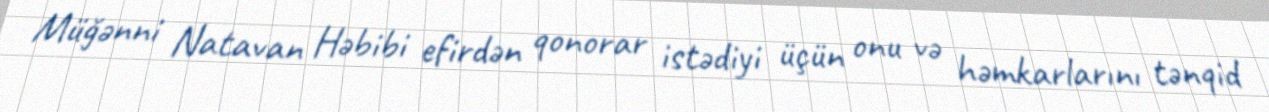
Müğənni Natavan Həbibi efirdən qonorar istədiyi üçün onu və həmkarlarını tənqid